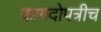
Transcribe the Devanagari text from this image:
कागदोपत्रीच